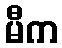
မီက